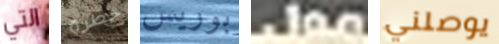
التي خطرة بوريس مول يوصلني